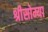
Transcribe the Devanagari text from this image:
श्रीसोम्या